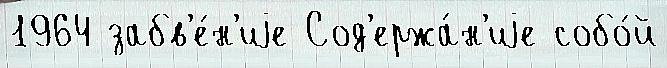
1964 забв'е́н'иjе Сод'ержа́н'иjе собо́й